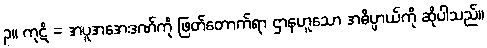
၃။ ကုဋိ = အပူအအေးဒဏ်ကို ဖြတ်တောက်ရာ ဌာနဟူသော အဓိပ္ပာယ်ကို ဆိုပါသည်။